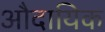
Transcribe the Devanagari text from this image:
औदायिक